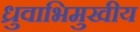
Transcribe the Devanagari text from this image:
ध्रुवाभिमुखीय